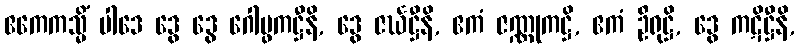
ဧကေကသ္မိံ ပါဒေ ဒွေ ဒွေ ဂေါပ္ဖကဋ္ဌီနိ, ဒွေ ဇင်္ဃဋ္ဌီနိ, ဧကံ ဇဏ္ဏုကဋ္ဌိ, ဧကံ ဦရုဋ္ဌိ, ဒွေ ကဋိဋ္ဌီနိ,